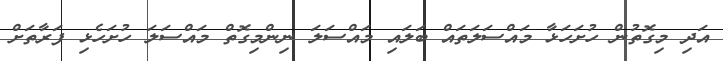
އަދި މިގޮތުން ހުށަހަޅާ މައްސަލަތައް ބަލައި މައްސަލަ ނިންމިގޮތް މައްސަލަ ހުށަހެޅި ފަރާތަށް